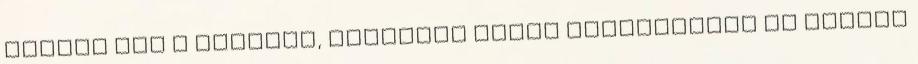
elérni ezt a szintet, gyakorta Saját Technikákat és stílus